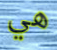
هي